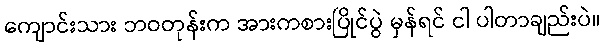
ကျောင်းသား ဘဝတုန်းက အားကစားပြိုင်ပွဲ မှန်ရင် ငါ ပါတာချည်းပဲ။